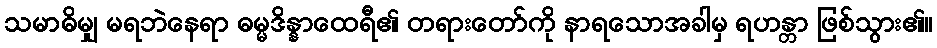
သမာဓိမျှ မရဘဲနေရာ ဓမ္မဒိန္နာထေရီ၏ တရားတော်ကို နာရသောအခါမှ ရဟန္တာ ဖြစ်သွား၏။